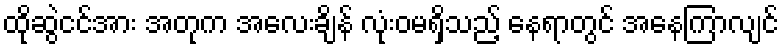
ထိုဆွဲငင်အား အတုက အလေးချိန် လုံးဝမရှိသည့် နေရာတွင် အနေကြာလျင်